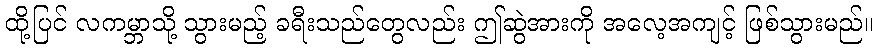
ထို့ပြင် လကမ္ဘာသို့ သွားမည့် ခရီးသည်တွေလည်း ဤဆွဲအားကို အလေ့အကျင့် ဖြစ်သွားမည်။